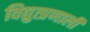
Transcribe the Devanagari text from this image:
विद्युत्प्रणाली